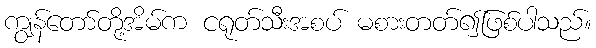
ကျွန်တော်တို့အိမ်က ငရုတ်သီးအစပ် မစားတတ်၍ဖြစ်ပါသည်။